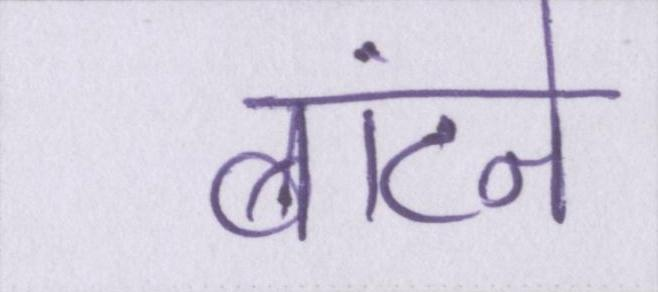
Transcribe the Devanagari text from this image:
बांटने